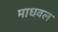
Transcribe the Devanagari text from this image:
माधवल